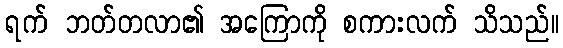
ရက် ဘတ်တလာ၏ အကြောကို စကားလက် သိသည်။